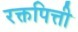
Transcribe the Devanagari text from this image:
रक्तपित्ती